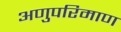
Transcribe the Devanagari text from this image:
अणुपरिमाण